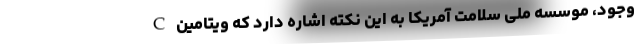
وجود، موسسه ملی سلامت آمریکا به این نکته اشاره دارد که ویتامین C